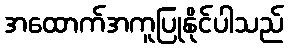
အထောက်အကူပြုနိုင်ပါသည်